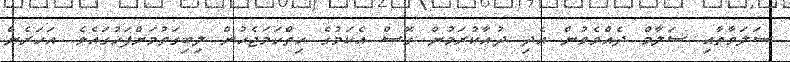
ޞަލަވާތާއި ސަލާމް ދެއްވެވުން އެދި ދުޢާކުރަމުން ގޮސް އެކަމުގެ ހިތްހަމަޖެހުން ލިބިގަތުމަށްފަހުގައެވެ. އަހަރެން